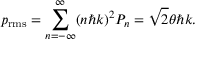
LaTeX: p _ { \mathrm { r m s } } = \sum _ { n = - \infty } ^ { \infty } ( n \hbar k ) ^ { 2 } P _ { n } = { \sqrt { 2 } } \theta \hbar k .